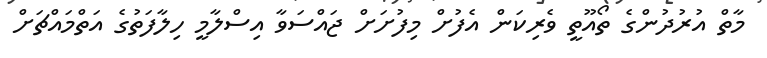
މާތް އުރުދުންގެ ތޯއޫތީ ވެރިކަން އެފުށް މިފުށަށް ޖައްސަވާ އިސްލާމީ ހިލާފަތުގެ އަތްމައްްޗަށް